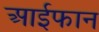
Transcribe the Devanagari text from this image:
आईफान